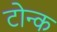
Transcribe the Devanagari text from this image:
टोन्क